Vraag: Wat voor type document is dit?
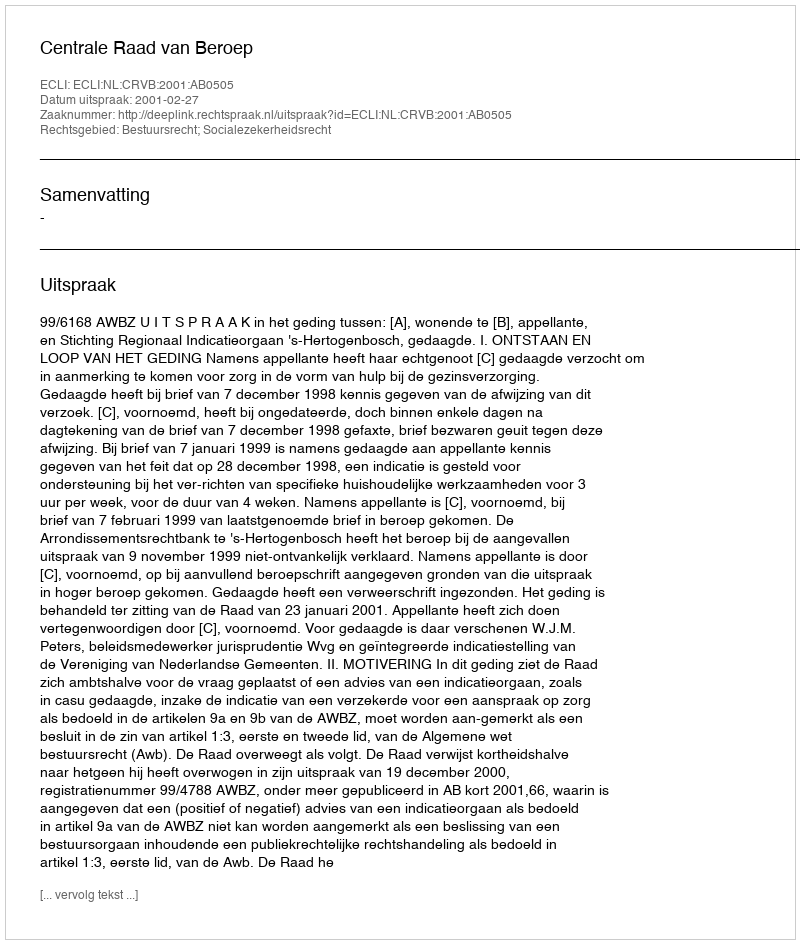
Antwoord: Uitspraak